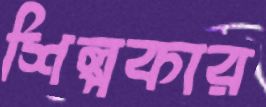
শিল্পকার